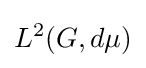
L^{2}(G,d\mu )